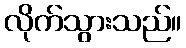
လိုက်သွားသည်။